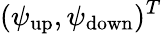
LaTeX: (\psi_{\mathrm{up}},\psi_{\mathrm{down}})^{T}